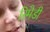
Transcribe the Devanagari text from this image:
रिमेडी